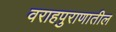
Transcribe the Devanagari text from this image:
वराहपुराणातील